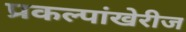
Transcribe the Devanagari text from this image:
प्रकल्पांखेरीज